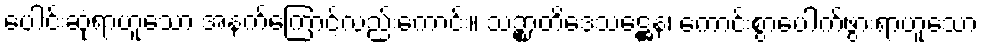
ပေါင်းဆုံရာဟူသော အနက်ကြောင့်လည်းကောင်း။ သဉ္စာတိဒေသဋ္ဌေန၊ ကောင်းစွာပေါက်ဖွားရာဟူသော